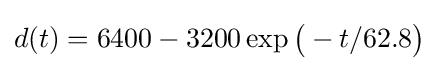
d(t)=6400-3200\exp {\bigl (}-t/62.8{\bigr )}